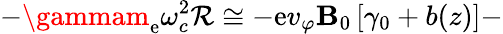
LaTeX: -\gammam_{\mathrm{e}}\omega_{c}^{2}\mathcal{R}\cong-\mathrm{e}v_{\varphi}\mathbf{B}_{0}\left[\gamma_{0}+b(z)\right]-